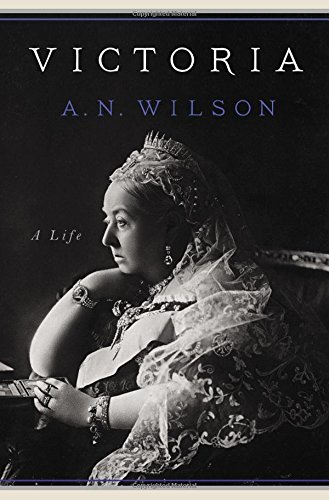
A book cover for Victoria: A Life; A. N. Wilson; Biographies & Memoirs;